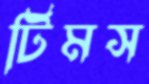
টিমস